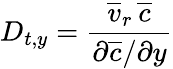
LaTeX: D_{t,y}=\frac{\overline{{v}}_{r}\, \overline{{c}}}{\partial\overline{{c}}/\partial y}